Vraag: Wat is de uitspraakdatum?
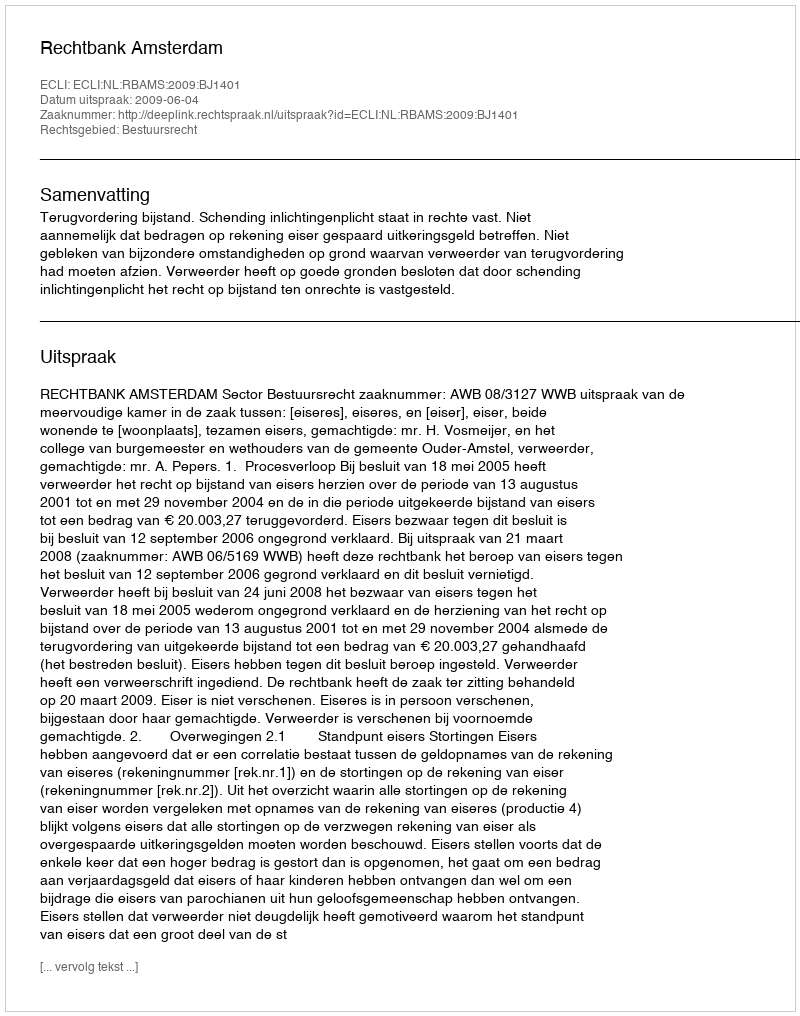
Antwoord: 2009-06-04